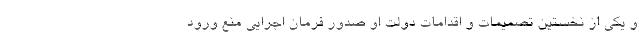
و یکی از نخستین تصمیمات و اقدامات دولت او صدور فرمان اجرایی منع ورود